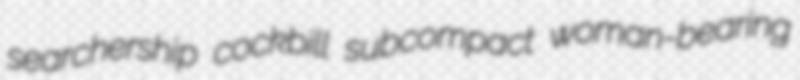
searchership cockbill subcompact woman-bearing